Annual administration and progress report of the Indian Medical Department, Bombay
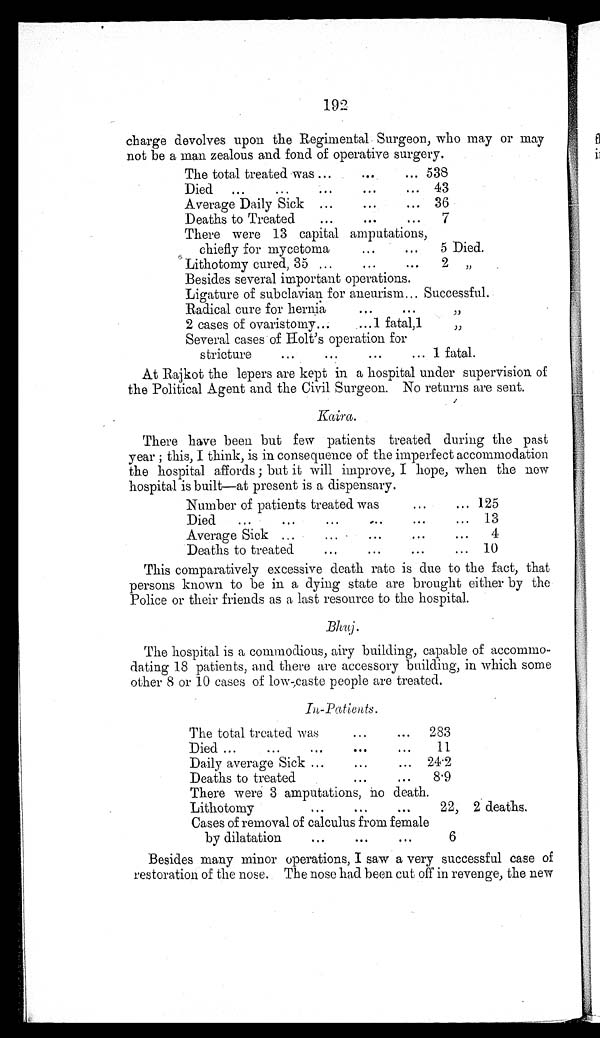
192
charge devolves upon the Regimental Surgeon, who may or may
not be a man zealous and fond of operative surgery.
The total treated was
538
Died
43
36
Deaths to Treated
7
There were 13 capital amputations,
chiefly for mycetoma
5 Died.
Lithotomy cured, 35
2 "
Besides several important operations.
Ligature of subclavian for aneurism Successful.
Radical cure for hernia
"
2 cases of ovaristoiny
1 f a t a l , 1 "
Several cases of Holt's operation for
stricture
1 fatal.
At Rajkot the lepers are kept in a hospital under supervision of
the Political Agent and the Civil Surgeon. No returns are sent.
Kaira.
There have been but few patients treated during the past
year; this, I think, is in consequence of the imperfect accommodation
the hospital affords; but it will improve, I hope, when the now
hospital is built—at present is a dispensary.
Number of patients treated was
125
Died
13
A v e r a g e S i c k
4
Deaths to treated
10
This comparatively excessive death rate is due to the fact, that
persons known to be in a dying state are brought either by the
Police or their friends as a last resource to the hospital.
The hospital is a commodious, airy building, capable of accommo
-dating 18 patients, and there are accessory building, in which some
other 8 or 10 cases of low-caste people are treated.
In-Patients.
The total treated was
283
Died
11
Daily average Sick
24.2
Deaths to treated
8.9
There were 3 amputations, no death.
Lithotomy
22 2 deaths.
Cases of removal of calculus from female
by dilatation
6
Besides many minor operations, I saw a very successful case of
restoration of the nose. The nose had been cut off in revenge, the new